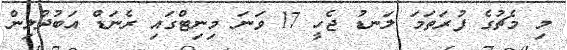
މި މެޗުގެ ފުރަތަމަ ލަނޑު ޖެހީ 17 ވަނަ މިނިޓްގައި ރެނަޑް އަބުދުލިން